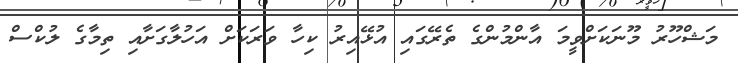
މަޝްހޫރު މޫނަކަށްވީމަ އާންމުންގެ ތެރޭގައި އުޅޭއިރު ކިހާ ވަރަކަށް އަހުލާގަށާއި ތިމާގެ ލުކްސް